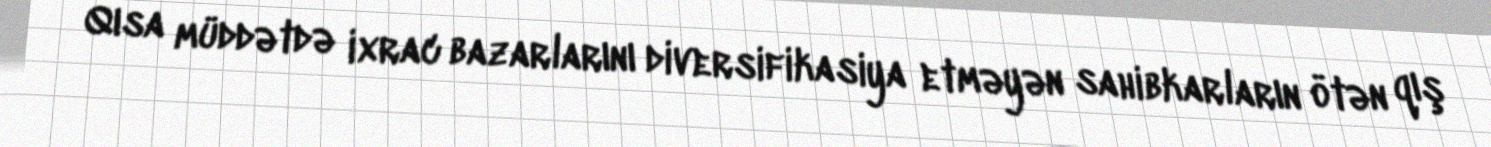
Qısa müddətdə ixrac bazarlarını diversifikasiya etməyən sahibkarların ötən qış